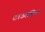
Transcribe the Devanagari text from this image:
टाउंसविल